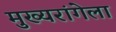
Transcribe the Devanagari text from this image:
मुख्यरांगेला